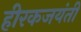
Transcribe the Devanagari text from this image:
हीरकजयंती